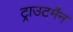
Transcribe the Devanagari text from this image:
ट्राउटमैन